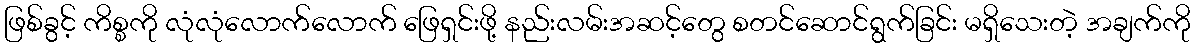
ဖြစ်ခွင့် ကိစ္စကို လုံလုံလောက်လောက် ဖြေရှင်းဖို့ နည်းလမ်းအဆင့်တွေ စတင်ဆောင်ရွက်ခြင်း မရှိသေးတဲ့ အချက်ကို